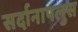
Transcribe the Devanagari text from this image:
सर्दानापलुस